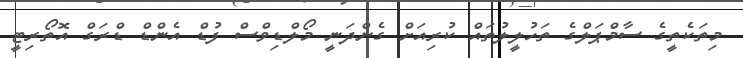
މިތަކެތީގެ ސާމްޕަލްގެ ތަހުލީލުތައް ކުރިއަށް ގެންދަނީ މޯލްޑިވްސް ފުޑް އެންޑް ޑްރަގް އޮތޯރިޓީ